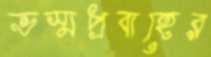
ভস্মপ্রবাহের